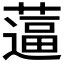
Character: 𰱿